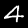
Label: 4